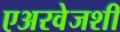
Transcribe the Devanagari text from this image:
एअरवेजशी